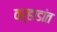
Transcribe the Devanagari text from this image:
वर्‍हाडांत